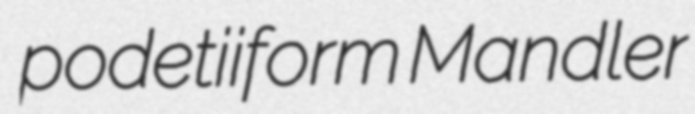
podetiiform Mandler